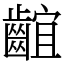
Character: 𪘲